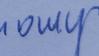
Signature authenticity: genuine